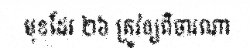
មុខដែរ ២៦ ត្រូវឲ្យពិចារណា